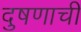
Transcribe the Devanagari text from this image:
दुषणाची